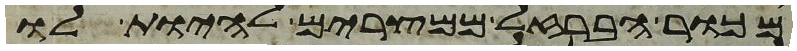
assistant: מכור הברזל ממצרים להיות לו